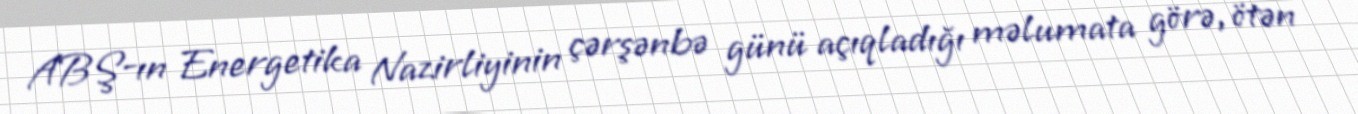
ABŞ-ın Energetika Nazirliyinin çərşənbə günü açıqladığı məlumata görə, ötən